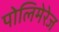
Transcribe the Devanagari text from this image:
पोलिमेरेज